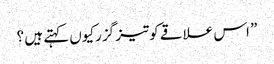
” اس علاقے کوتیز گزرکیوں کہتے ہیں ؟